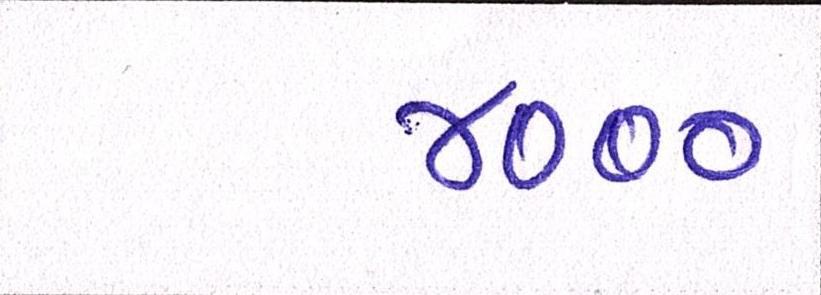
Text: ૪૦૦૦